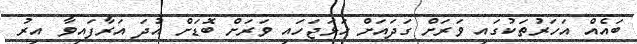
ބައެއް އަހަރުތަކުގައި ވަރަށް ގަދައަށް ހަޅަޖަހައި ވަރަށް ބޮޑަށް އުދަ އަރާފައިވާ އިރު